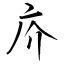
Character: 庎